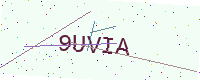
Text: 9UVIA